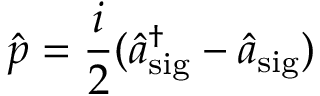
\hat { p } = \frac { i } { 2 } ( \hat { a } _ { \mathrm { s i g } } ^ { \dagger } - \hat { a } _ { \mathrm { s i g } } )